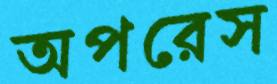
অপরেস